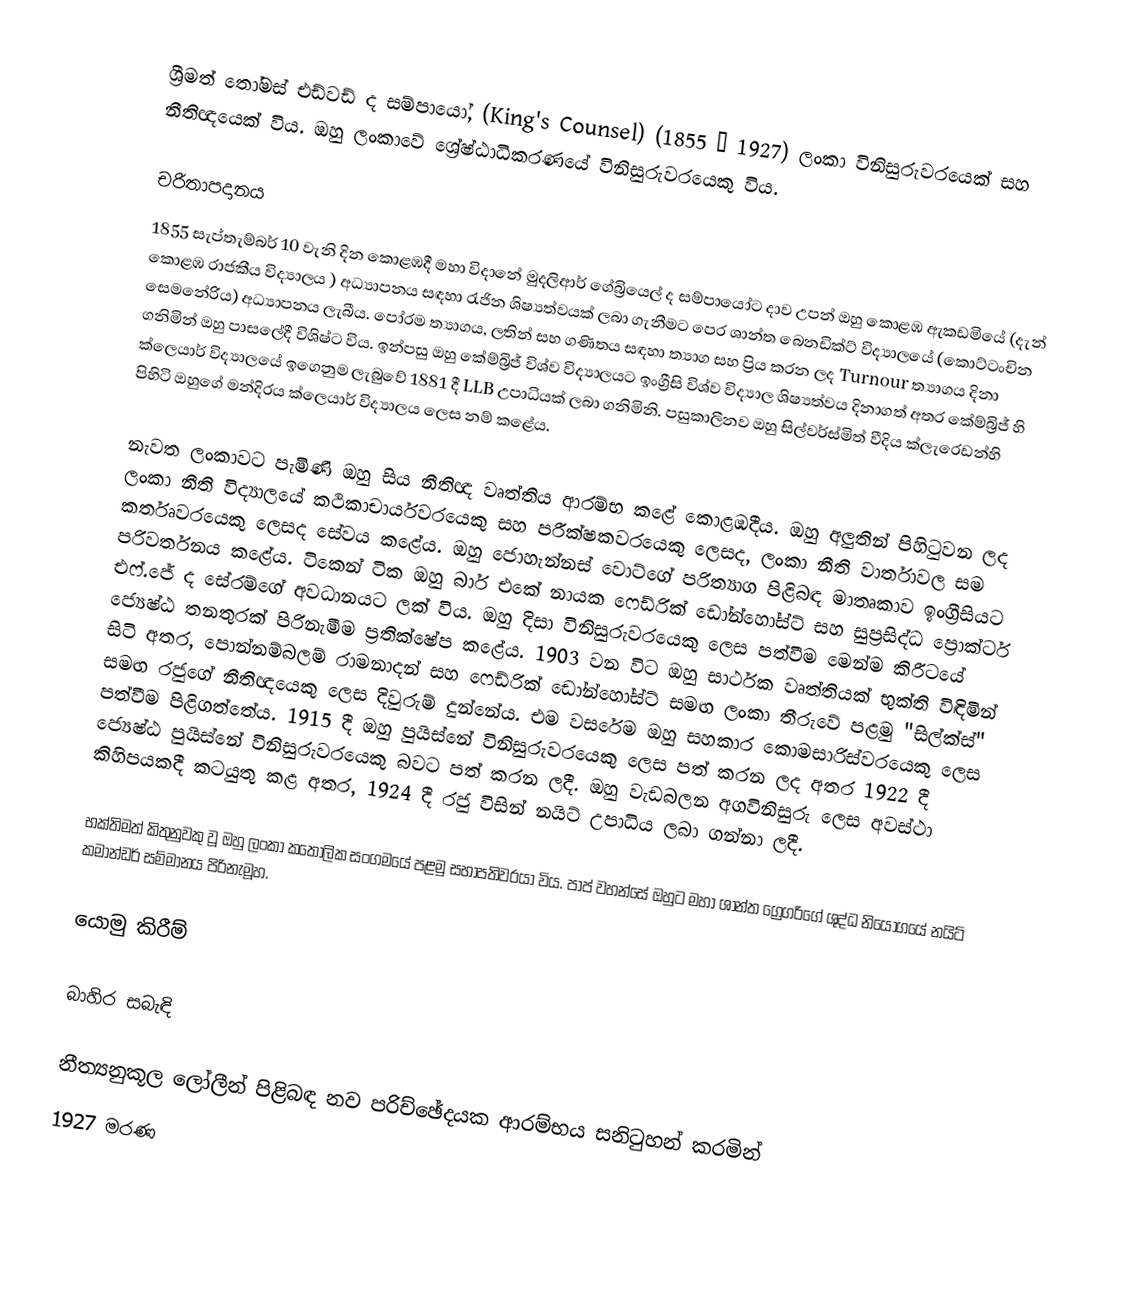
ශ්‍රීමත් තෝමස් එඩ්වඩ් ද සම්පායෝ, (King's Counsel) (1855 – 1927) ලංකා විනිසුරුවරයෙක් සහ නීතිඥයෙක් විය. ඔහු ලංකාවේ ශ්‍රේෂ්ඨාධිකරණයේ විනිසුරුවරයෙකු විය.

චරිතාපදානය
1855 සැප්තැම්බර් 10 වැනි දින කොළඹදී මහා විදානේ මුදලිආර් ගේබ්‍රියෙල් ද සම්පායෝට දාව උපන් ඔහු කොළඹ ඇකඩමියේ (දැන් කොළඹ රාජකීය විද්‍යාලය ) අධ්‍යාපනය සඳහා රැජින ශිෂ්‍යත්වයක් ලබා ගැනීමට පෙර ශාන්ත බෙනඩික්ට් විද්‍යාලයේ (කොට්ටංචින සෙමනේරිය) අධ්‍යාපනය ලැබීය.  පෝරම ත්‍යාගය, ලතින් සහ ගණිතය සඳහා ත්‍යාග සහ ප්‍රිය කරන ලද Turnour ත්‍යාගය දිනා ගනිමින් ඔහු පාසලේදී විශිෂ්ට විය. ඉන්පසු ඔහු කේම්බ්‍රිජ් විශ්ව විද්‍යාලයට ඉංග්‍රීසි විශ්ව විද්‍යාල ශිෂ්‍යත්වය දිනාගත් අතර කේම්බ්‍රිජ් හි ක්ලෙයාර් විද්‍යාලයේ ඉගෙනුම ලැබුවේ 1881 දී LLB උපාධියක් ලබා ගනිමිනි. පසුකාලීනව ඔහු සිල්වර්ස්මිත් වීදිය ක්ලැරෙඩන්හි පිහිටි ඔහුගේ මන්දිරය ක්ලෙයාර් විද්‍යාලය ලෙස නම් කළේය.

නැවත ලංකාවට පැමිණි ඔහු සිය නීතිඥ වෘත්තිය ආරම්භ කළේ කොළඹදීය. ඔහු අලුතින් පිහිටුවන ලද ලංකා නීති විද්‍යාලයේ කථිකාචාර්යවරයෙකු සහ පරීක්ෂකවරයෙකු ලෙසද, ලංකා නීති වාර්තාවල සම කර්තෘවරයෙකු ලෙසද සේවය කළේය. ඔහු ජොහැන්නස් වොට්ගේ පරිත්‍යාග පිළිබඳ මාතෘකාව ඉංග්‍රීසියට පරිවර්තනය කළේය. ටිකෙන් ටික ඔහු බාර් එකේ නායක ෆෙඩ්රික් ඩෝන්හෝස්ට් සහ සුප්‍රසිද්ධ ප්‍රොක්ටර් එෆ්.ජේ ද සේරම්ගේ අවධානයට ලක් විය. ඔහු දිසා විනිසුරුවරයෙකු ලෙස පත්වීම මෙන්ම කිරීටයේ ජ්‍යෙෂ්ඨ තනතුරක් පිරිනැමීම ප්‍රතික්ෂේප කළේය. 1903 වන විට ඔහු සාර්ථක වෘත්තියක් භුක්ති විඳිමින් සිටි අතර, පොන්නම්බලම් රාමනාදන් සහ ෆෙඩ්රික් ඩෝන්හෝස්ට් සමඟ ලංකා තීරුවේ පළමු "සිල්ක්ස්" සමඟ රජුගේ නීතිඥයෙකු ලෙස දිවුරුම් දුන්නේය.  එම වසරේම ඔහු සහකාර කොමසාරිස්වරයෙකු ලෙස පත්වීම පිළිගත්තේය. 1915 දී ඔහු පුයිස්නේ විනිසුරුවරයෙකු ලෙස පත් කරන ලද අතර 1922 දී ජ්‍යෙෂ්ඨ පුයිස්නේ විනිසුරුවරයෙකු බවට පත් කරන ලදී. ඔහු වැඩබලන අගවිනිසුරු ලෙස අවස්ථා කිහිපයකදී කටයුතු කළ අතර, 1924 දී රජු විසින් නයිට් උපාධිය ලබා ගන්නා ලදී.

භක්තිමත් කිතුනුවකු වූ ඔහු ලංකා කතෝලික සංගමයේ පළමු සභාපතිවරයා විය. පාප් වහන්සේ ඔහුට මහා ශාන්ත ග්‍රෙගරිගේ ශුද්ධ නියෝගයේ නයිට් කමාන්ඩර් සම්මානය පිරිනැමූහ.

යොමු කිරීම්

බාහිර සබැඳි

 නීත්‍යනුකූල ලෝලීන් පිළිබඳ නව පරිච්ඡේදයක ආරම්භය සනිටුහන් කරමින්
1927 මරණ